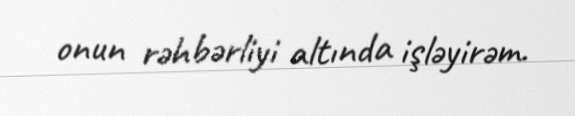
onun rəhbərliyi altında işləyirəm.